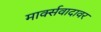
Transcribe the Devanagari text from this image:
मार्क्सवादावर